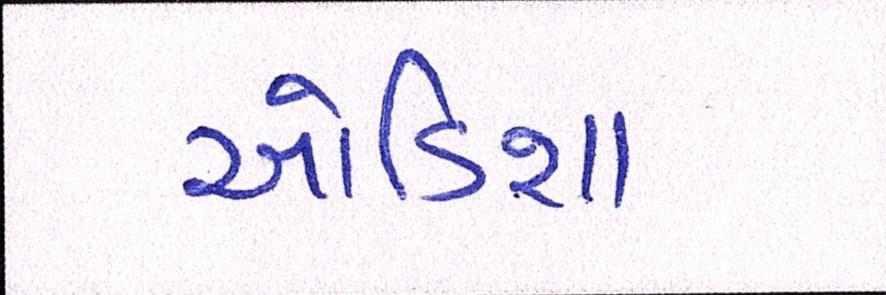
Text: ઓડિશા